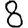
Digit: 8